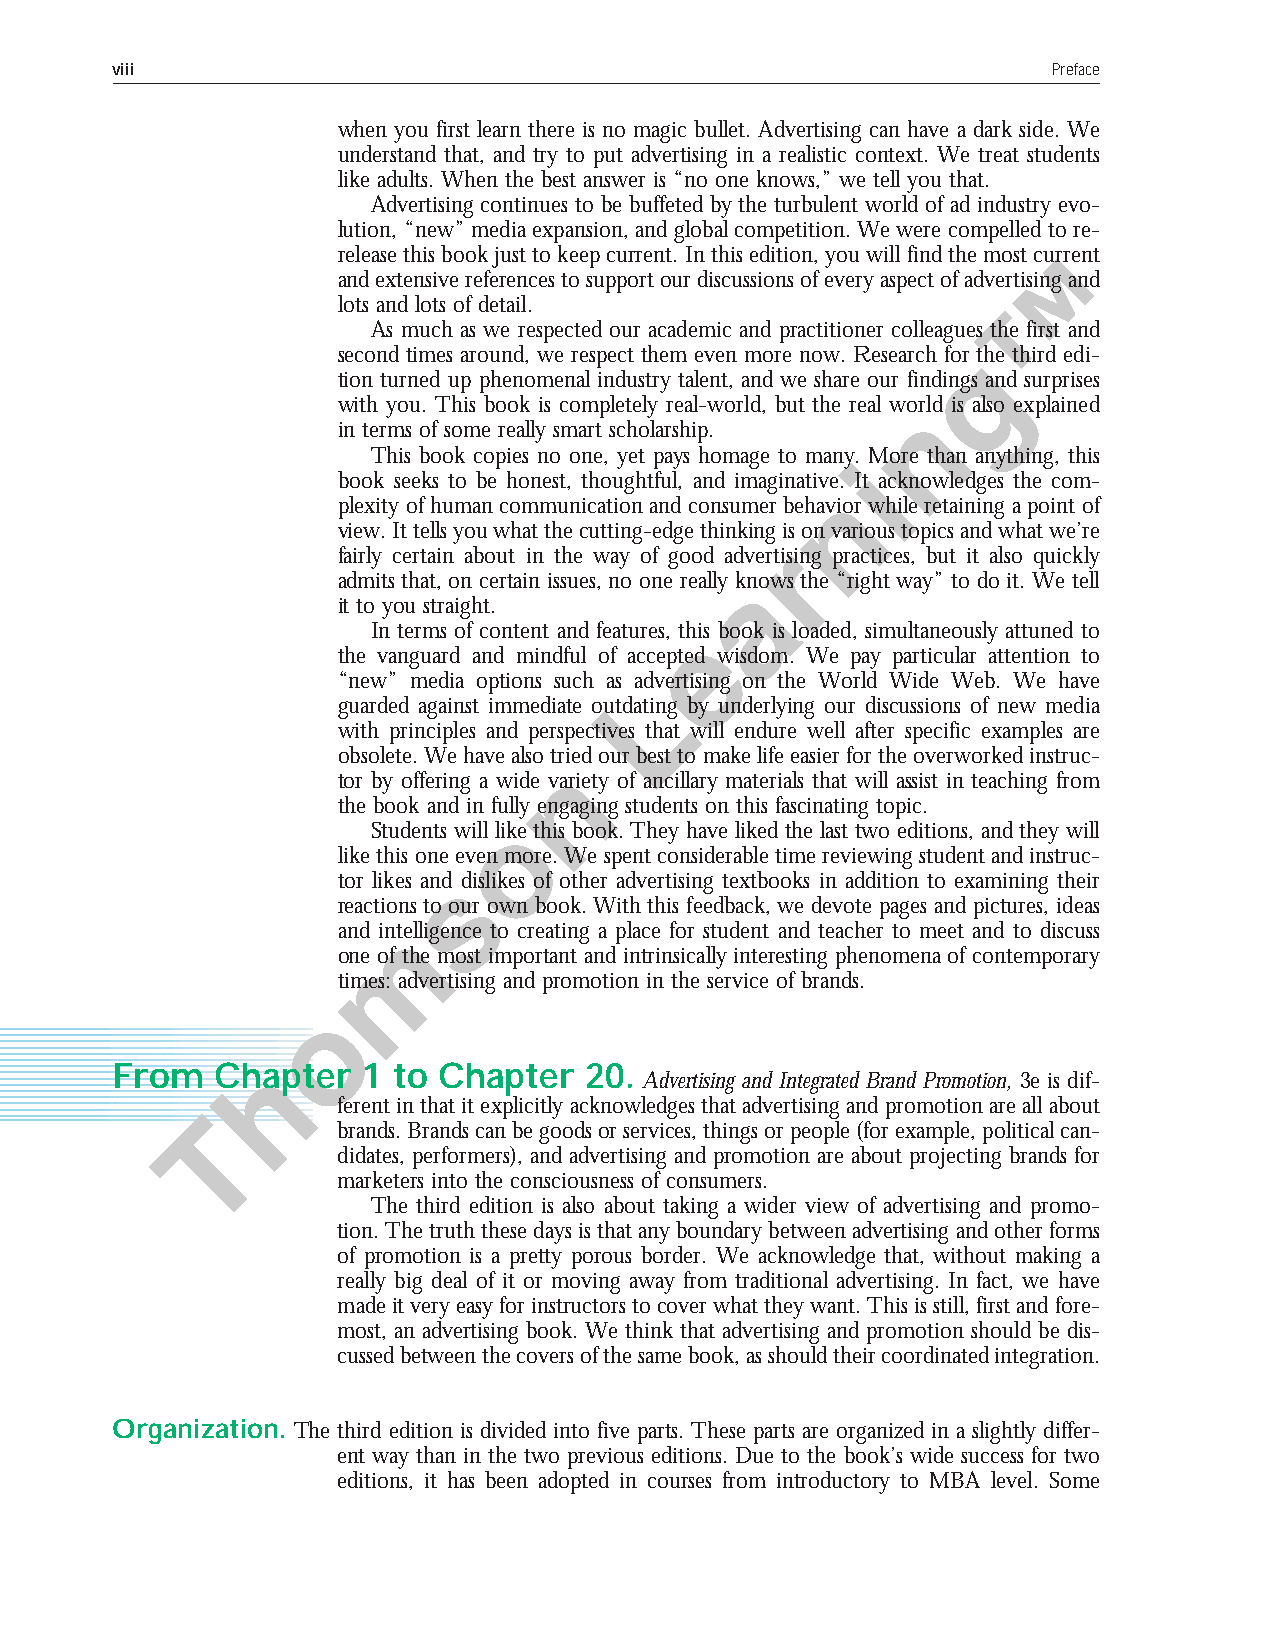
viii                                                           Preface
 when you first learn there is no magic bullet. Advertising can have a dark side. We
 understand that, and try to put advertising in a realistic context. We treat students
 like adults. When the best answer is “no one knows,” we tell you that.
 Advertising continues to be buffeted by the turbulent world of ad industry evo-
 lution, “new” media expansion, and global competition. We were compelled to re-
 release this book just to keep current. In this edition, you will find the most current
 and extensive references to support our discussions of every aspect of advertising and
 lots and lots of detail.
 As much as we respected our academic and practitioner colleagues the first and
 second times around, we respect them even more now. Research for the third edi-
 tion turned up phenomenal industry talent, and we share our findings and surprises
 with you. This book is completely real-world, but the real world is also explained
 in terms of some really smart scholarship.
 This book copies no one, yet pays homage to many. More than anything, this
 book seeks to be honest, thoughtful, and imaginative. It acknowledges the com-
 plexity of human communication and consumer behavior while retaining a point of
 view. It tells you what the cutting-edge thinking is on various topics and what we’re
 fairly certain about in the way of good advertising practices, but it also quickly
 admits that, on certain issues, no one really knows the “right way” to do it. We tell
 it to you straight.
 In terms of content and features, this book is loaded, simultaneously attuned to
 the vanguard and mindful of accepted wisdom. We pay particular attention to
 “new” media options such as advertising on the World Wide Web. We have
 guarded against immediate outdating by underlying our discussions of new media
 with principles and perspectives that will endure well after specific examples are
 obsolete. We have also tried our best to make life easier for the overworked instruc-
 tor by offering a wide variety of ancillary materials that will assist in teaching from
 the book and in fully engaging students on this fascinating topic.
 Students will like this book. They have liked the last two editions, and they will
 like this one even more. We spent considerable time reviewing student and instruc-
 tor likes and dislikes of other advertising textbooks in addition to examining their
 reactions to our own book. With this feedback, we devote pages and pictures, ideas
 and intelligence to creating a place for student and teacher to meet and to discuss
 one of the most important and intrinsically interesting phenomena of contemporary
 times: advertising and promotion in the service of brands.
 From   Chapter   1 to Chapter   20.
 Advertising and Integrated Brand Promotion, 3e is dif-
 ferent in that it explicitly acknowledges that advertising and promotion are all about
 brands. Brands can be goods or services, things or people (for example, political can-
 didates, performers), and advertising and promotion are about projecting brands for
 marketers into the consciousness of consumers.
 The third edition is also about taking a wider view of advertising and promo-
 tion. The truth these days is that any boundary between advertising and other forms
 of promotion is a pretty porous border. We acknowledge that, without making a
 really big deal of it or moving away from traditional advertising. In fact, we have
 made it very easy for instructors to cover what they want. This is still, first and fore-
 most, an advertising book. We think that advertising and promotion should be dis-
 cussed between the covers of the same book, as should their coordinated integration.
 Organization. The third edition is divided into five parts. These parts are organized in a slightly differ-
 ent way than in the two previous editions. Due to the book’s wide success for two
 editions, it has been adopted in courses from introductory to MBA level. Some